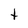
Character: t